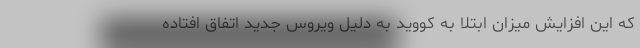
که این افزایش میزان ابتلا به کووید به دلیل ویروس جدید اتفاق افتاده